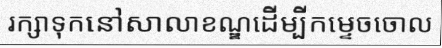
រក្សាទុកនៅសាលាខណ្ឌដើម្បីកម្ទេចចោល